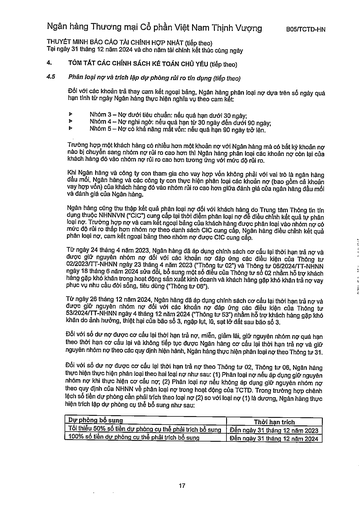
|Dự phòng bổ sung|Thời hạn trích| |---|---| |Tối thiểu 50% số tiền dự phòng cụ thể phải trích bổ sung|Đến ngày 31 tháng 12 năm 2023| |100% số tiền dự phòng cụ thể phải trích bổ sung|Đến ngày 31 tháng 12 năm 2024|